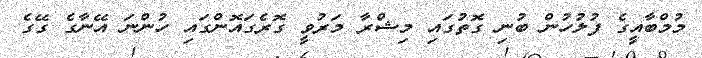
މުމްބާއީގެ ފުލުހުން ބުނި ގޮތުގައި މިޝްރާ މަރުވީ ގޮރެގައޮންގައި ހުންނަ އޭނާގެ ގޭގެ